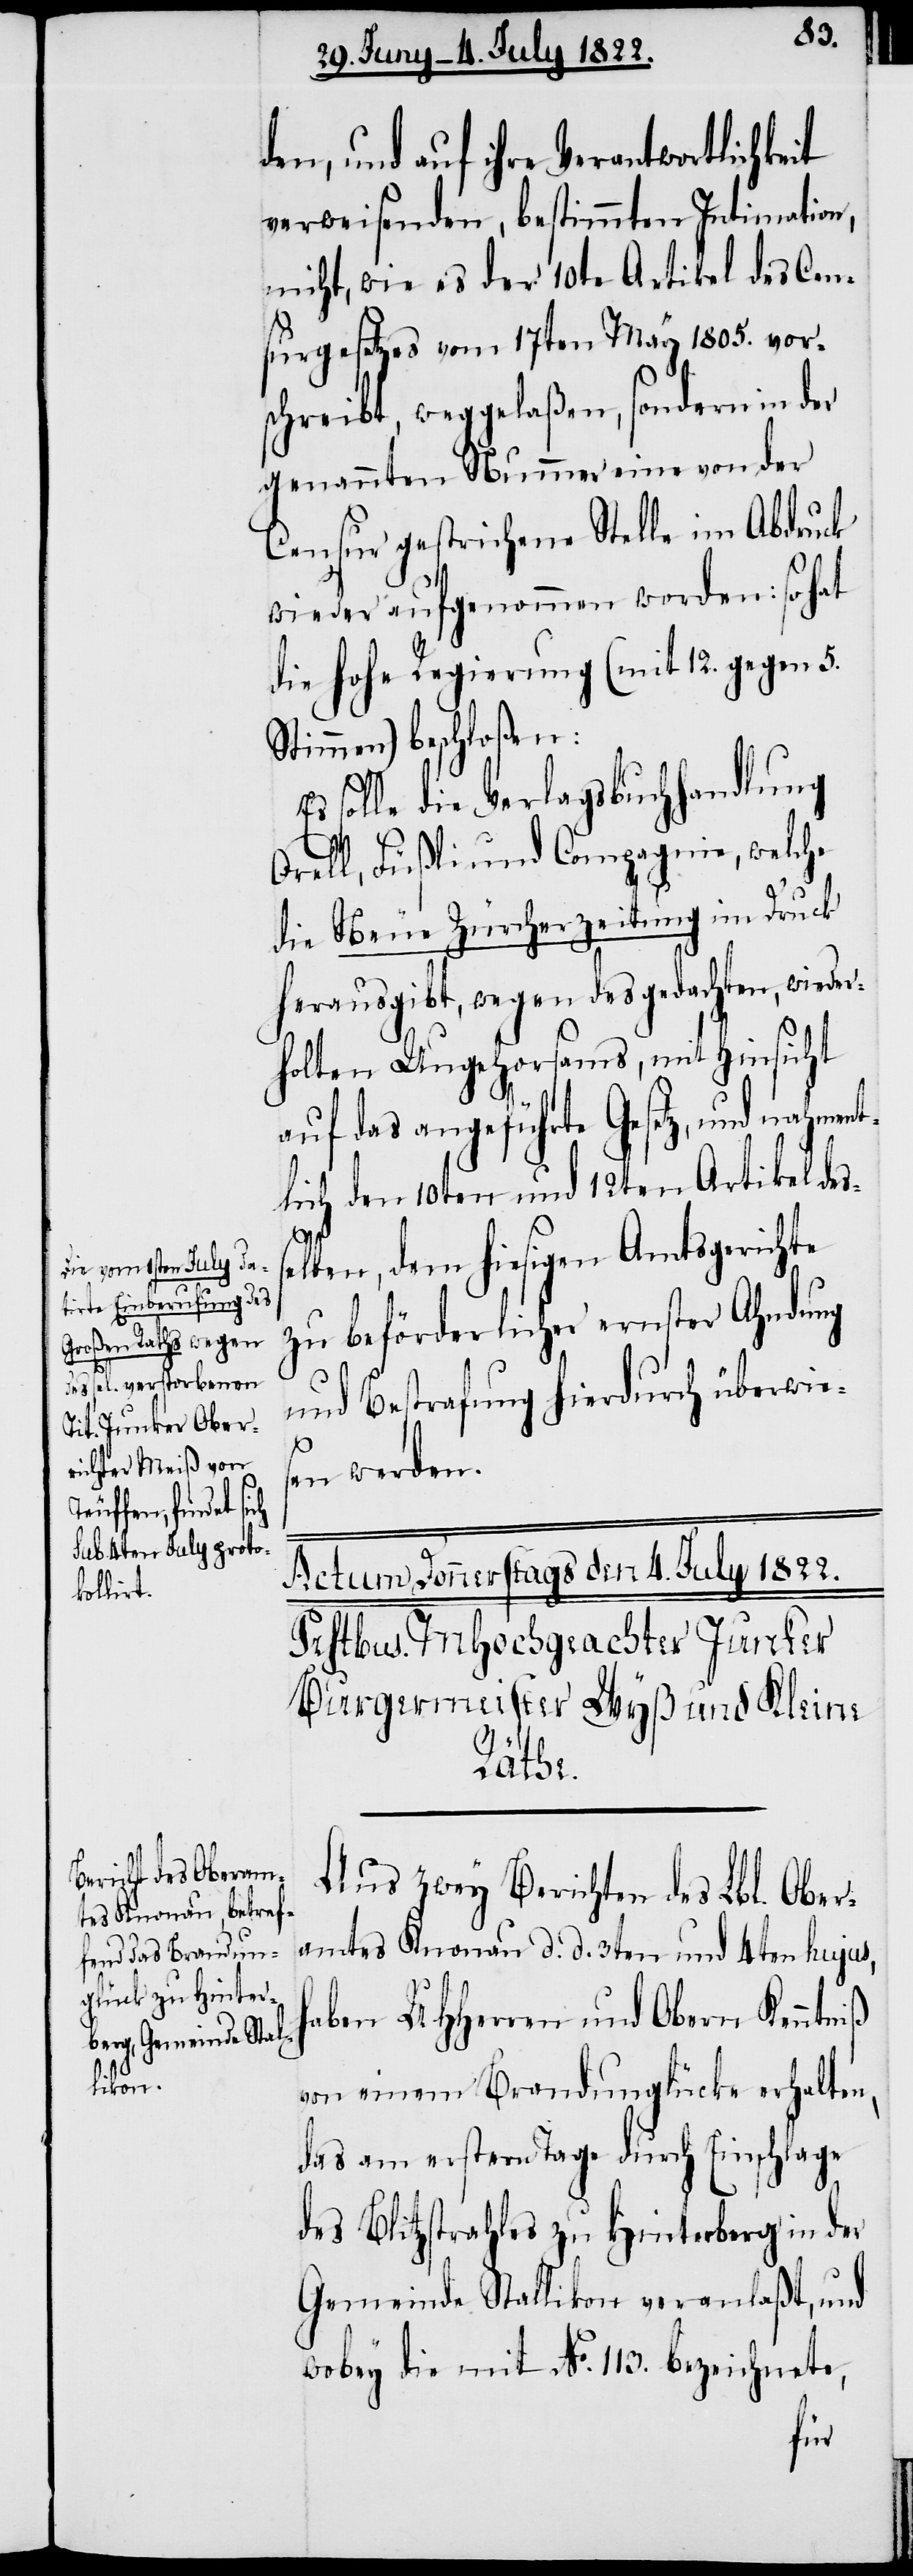
Die vom 1sten July da¬
tirte Einberufung des
Großen Raths wegen
it
des sel. verstorbenen
Tit. Junker Ober¬
richter Meiß von
uffen, findet
Sub. 4ten July proto¬
kollirt.]

den, und auf ihre Verantwortlichke¬
verweisenden, bestimmten Intimation,
nicht, wie es der 10te Artikel des Cen¬
surgesetzes vom 17ten May 1805. vor¬
schreibt, weggelaßen, sondern in der
genannten Nummer eine von der
Censur gestrichene Stelle im Abdruck
wieder aufgenommen worden; so hat
die Hohe Regierung (mit 12. gegen 5.
Stimmen) beschloßen:
solle die Verlagsbuchhandlung
Orell, Füßli und Compagnie, welche
die Neue Zürcherzeitung im Druck
herausgibt, wegen des gedachten, wiede¬
rholten Ungehorsams, mit Hinsicht
auf das angeführte Gesetz, und nahmen¬
lich den 10ten und 12ten Artikel de¬
lben, dem hiesigen Amtsgerichte
zu beförderlicher ernster Ahndung
und Bestrafung hierdurch überwies¬
en werden.
Te¬
Aus zwey Berichten des Lbl. Ober¬
amtes Knonau d. d. 3ten und 4ten hujus,
haben UHHerren und Obern Kenntniß
von einem Brandunglücke erhalten,
das am ersten Tage durch Einschlage
des Blitzstrahles zu Hinterberg in der
Gemeinde Stallikon veranlaßt, und
wobey die mit No. 113. bezeichnete,